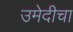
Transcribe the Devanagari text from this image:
उमेदीचा